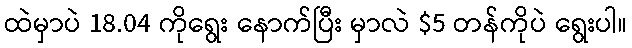
ထဲမှာပဲ 18.04 ကိုရွေး နောက်ပြီး မှာလဲ $5 တန်ကိုပဲ ရွေးပါ။